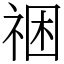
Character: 祵